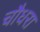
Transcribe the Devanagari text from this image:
चौधरा